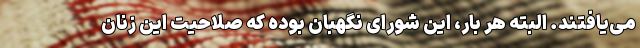
می‌یافتند. البته هر بار، این شورای نگهبان بوده که صلاحیت این زنان